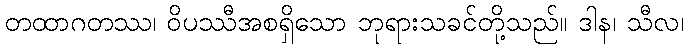
တထာဂတဿ၊ ဝိပဿီအစရှိသော ဘုရားသခင်တို့သည်။ ဒါန၊ သီလ၊